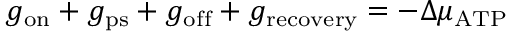
g _ { \mathrm { o n } } + g _ { \mathrm { p s } } + g _ { \mathrm { o f f } } + g _ { \mathrm { r e c o v e r y } } = - \Delta \mu _ { \mathrm { A T P } }